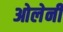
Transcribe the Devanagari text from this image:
ओलेनी